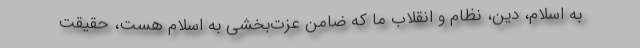
به اسلام، دین، نظام و انقلاب ما که ضامن عزت‌بخشی به اسلام هست، حقیقت